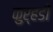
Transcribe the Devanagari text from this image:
कुऱ्हडी